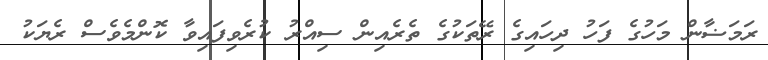
ރަމަޟާން މަހުގެ ފަހު ދިހައިގެ ރޭތަކުގެ ތެރެއިން ސިއްރު ކުރެވިފައިވާ ކޮންމެވެސް ރެޔަކު